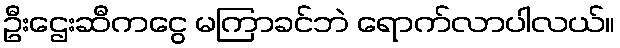
ဦးဌေးဆီကငွေ မကြာခင်ဘဲ ရောက်လာပါလယ်။